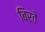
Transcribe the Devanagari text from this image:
बिरते